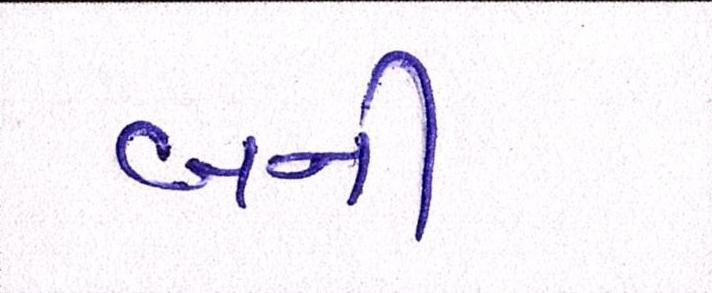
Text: બની